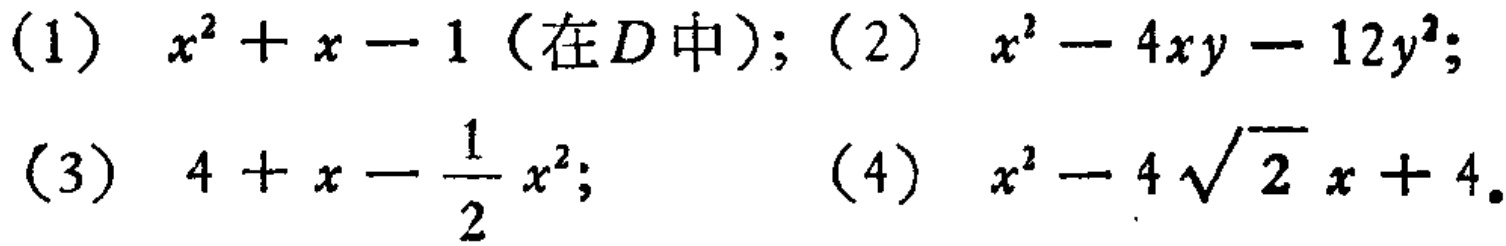
(1) \(x^{2}+x - 1\)（在\(D\)中）; (2) \(x^{2}-4xy - 12y^{2}\);

(3) \(4 + x-\frac{1}{2}x^{2}\); (4) \(x^{2}-4\sqrt{2}x + 4\).